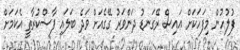
ފުލުހުން މިފަހަކަށް އައިސް ރޭގަނޑު ދަންވަރު ގޭގެއަށް ވަދެ ބަލައި ފާސްކުރާތީ އެކަމަށް